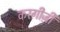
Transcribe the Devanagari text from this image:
करग़ीज़ी